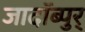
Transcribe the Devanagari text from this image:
जादॉब्पुर्